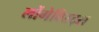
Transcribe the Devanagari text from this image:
लोंगेविस्ट्स